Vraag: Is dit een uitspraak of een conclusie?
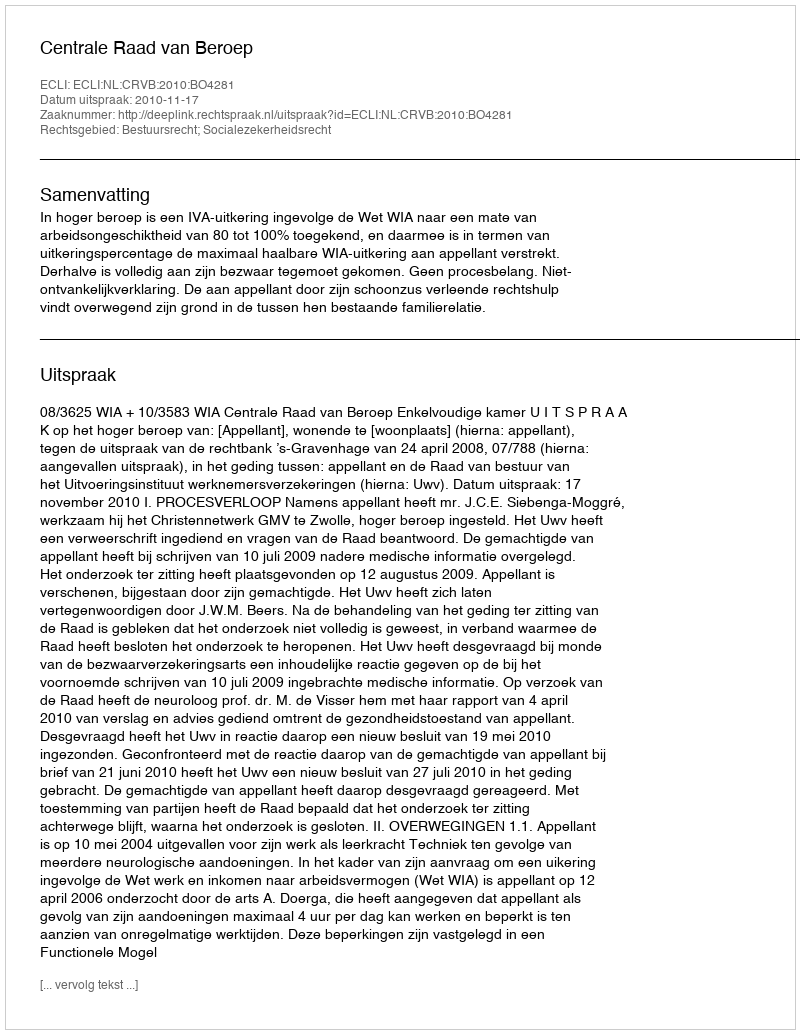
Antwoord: Uitspraak